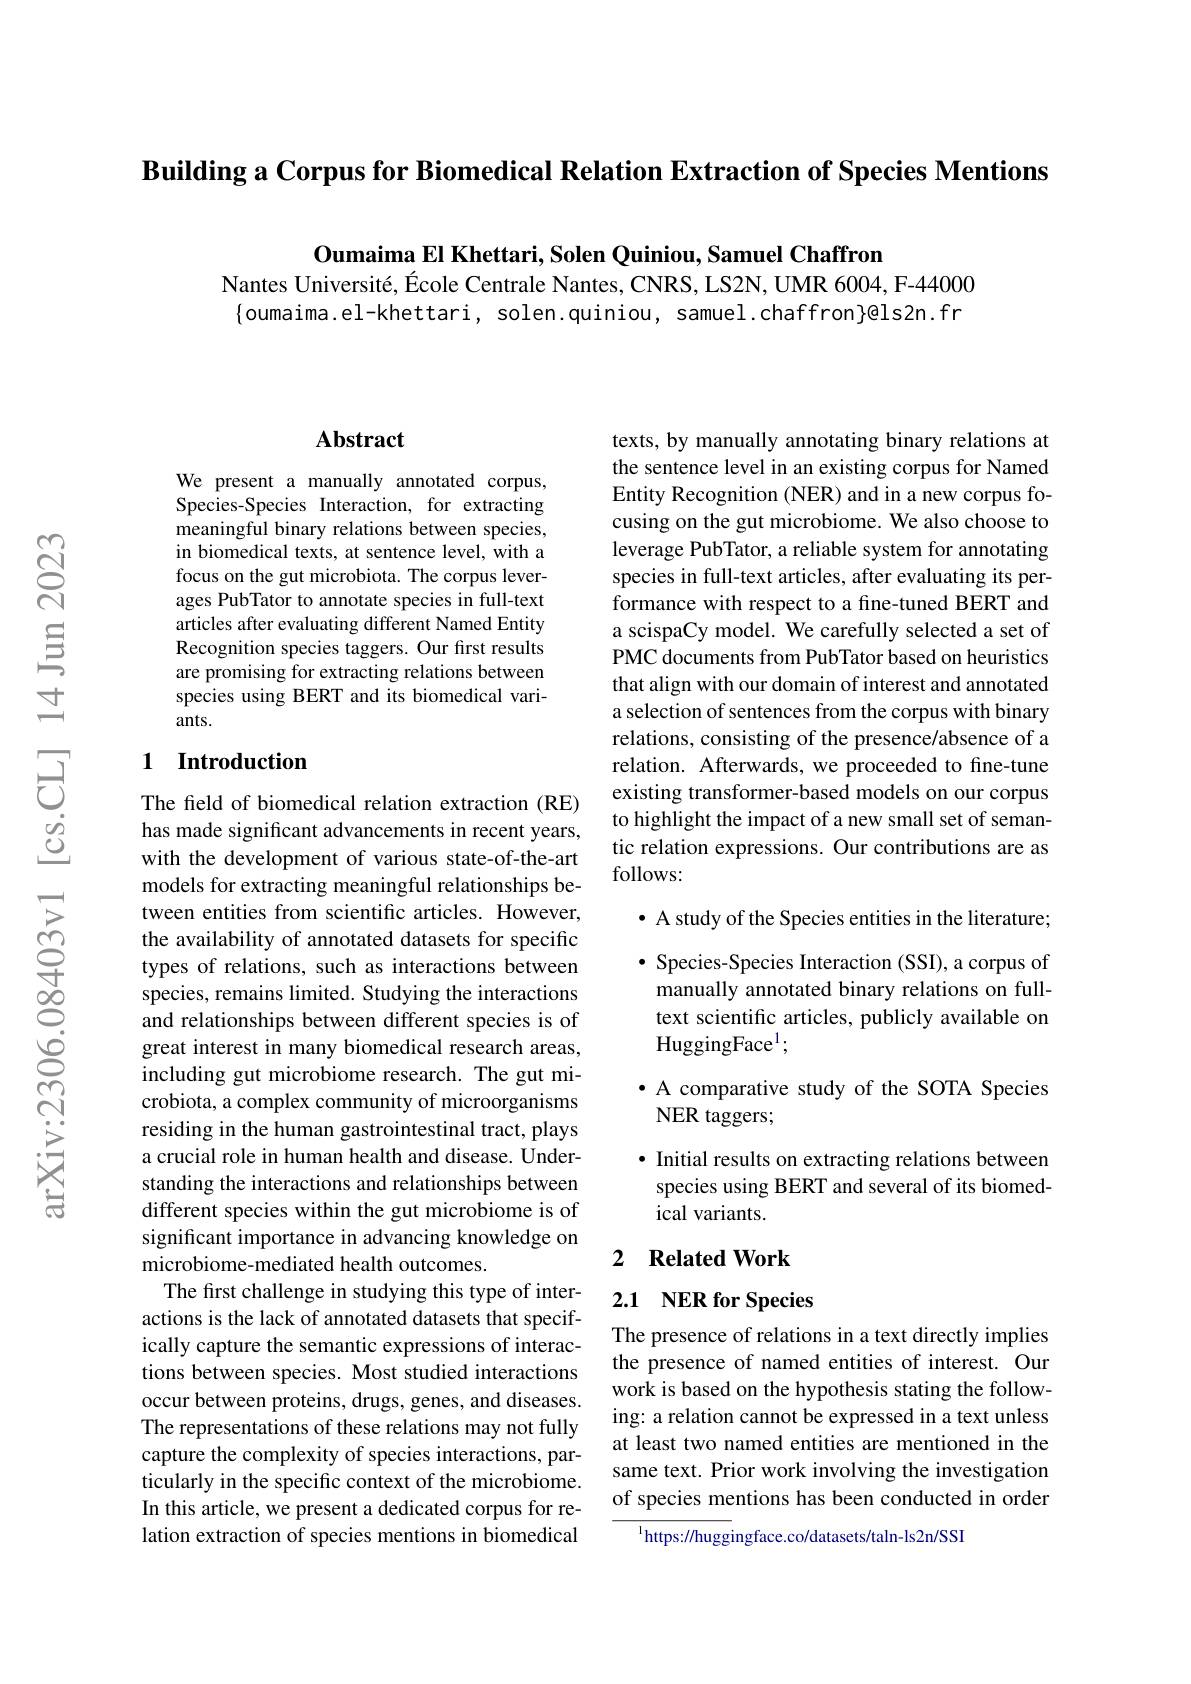
Building a Corpus for Biomedical Relation Extraction of Species Mentions

Oumaima El Khettari, Solen Quiniou, Samuel Chaffron

Nantes Université, École Centrale Nantes, CNRS, LS2N, UMR 6004, F-44000 $\{$oumaima.el-khettari, solen.quiniou, samuel.chaffron}g@ls2n.fr

## Abstract

We present a manually annotated corpus, Species-Species Interaction, for extracting meaningful binary relations between species, in biomedical texts, at sentence level, with a focus on the gut microbiota. The corpus leverages PubTator to annotate species in full-text articles after evaluating different Named Entity Recognition species taggers. Our first results are promising for extracting relations between species using BERT and its biomedical variants.

## 1 Introduction

The field of biomedical relation extraction (RE) has made significant advancements in recent years, with the development of various state-of-the-art models for extracting meaningful relationships between entities from scientific articles. However, the availability of annotated datasets for specific types of relations, such as interactions between species, remains limited. Studying the interactions and relationships between different species is of great interest in many biomedical research areas, including gut microbiome research. The gut microbiota, a complex community of microorganisms residing in the human gastrointestinal tract, plays a crucial role in human health and disease. Understanding the interactions and relationships between different species within the gut microbiome is of significant importance in advancing knowledge on microbiome-mediated health outcomes.
The first challenge in studying this type of interactions is the lack of annotated datasets that specifically capture the semantic expressions of interactions between species. Most studied interactions occur between proteins, drugs, genes, and diseases. The representations of these relations may not fully capture the complexity of species interactions, particularly in the specific context of the microbiome. In this article, we present a dedicated corpus for relation extraction of species mentions in biomedical

texts, by manually annotating binary relations at the sentence level in an existing corpus for Named Entity Recognition (NER) and in a new corpus focusing on the gut microbiome. We also choose to leverage PubTator, a reliable system for annotating species in full-text articles, after evaluating its performance with respect to a fine-tuned BERT and a scispaCy model. We carefully selected a set of PMC documents from PubTator based on heuristics that align with our domain of interest and annotated a selection of sentences from the corpus with binary relations, consisting of the presence/absence of a relation. Afterwards, we proceeded to fine-tune existing transformer-based models on our corpus to highlight the impact of a new small set of semantic relation expressions. Our contributions are as follows:
$\bullet$ A study of the Species entities in the literature;

$\bullet$ Species-Species Interaction (SSI), a corpus of

manually annotated binary relations on full-

text scientific articles, publicly available on

HuggingFace$^1;$

· A comparative study of the SOTA Species
NER taggers;

· Initial results on extracting relations between species using BERT and several of its biomedical variants.

## 2 $\textbf{Related Work}$

## 2.1 NER for Species

The presence of relations in a text directly implies the presence of named entities of interest. Our work is based on the hypothesis stating the following: a relation cannot be expressed in a text unless at least two named entities are mentioned in the same text. Prior work involving the investigation of species mentions has been conducted in order

$^{\mathrm{l}}$https://huggingface.co/datasets/taln-ls2n/SSI